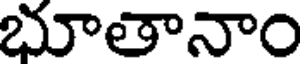
భూతానాం